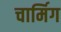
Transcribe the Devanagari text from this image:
चार्मिग